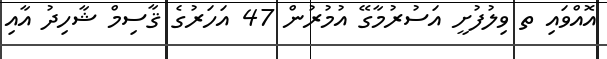
އޮއްވައި ތ ވިލުފުށީ އަސުރުމާގޭ އުމުރުން 47 އަހަރުގެ ޤާސިމް ޝާހިދު އާއި